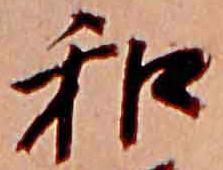
和